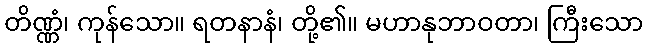
တိဏ္ဏံ၊ ကုန်သော။ ရတနာနံ၊ တို့၏။ မဟာနုဘာဝတာ၊ ကြီးသော